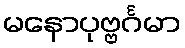
မနောပုဗ္ဗင်္ဂမာ